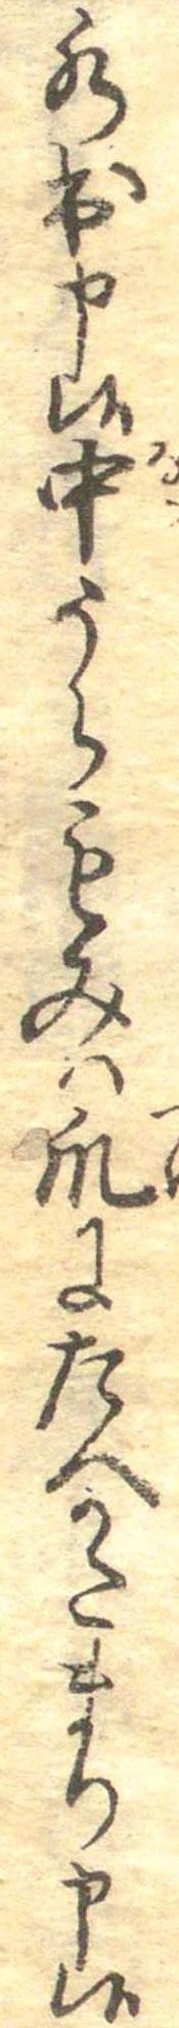
水出申候中からもみは爪にたへかたまり申候